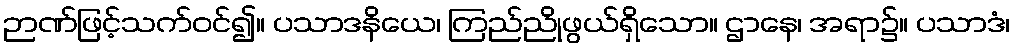
ဉာဏ်ဖြင့်သက်ဝင်၍။ ပသာဒနိယေ၊ ကြည်ညိုဖွယ်ရှိသော။ ဌာနေ၊ အရာ၌။ ပသာဒံ၊